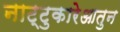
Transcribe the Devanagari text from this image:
नाट्टुकारेआतुन